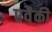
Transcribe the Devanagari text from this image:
एवैकी